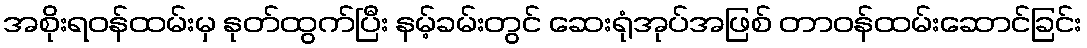
အစိုးရဝန်ထမ်းမှ နုတ်ထွက်ပြီး နမ့်ခမ်းတွင် ဆေးရုံအုပ်အဖြစ် တာဝန်ထမ်းဆောင်ခြင်း